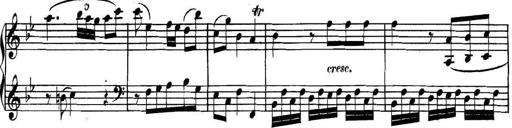
Title: Collected Piano Sonatas
Composer: Muzio Clementi